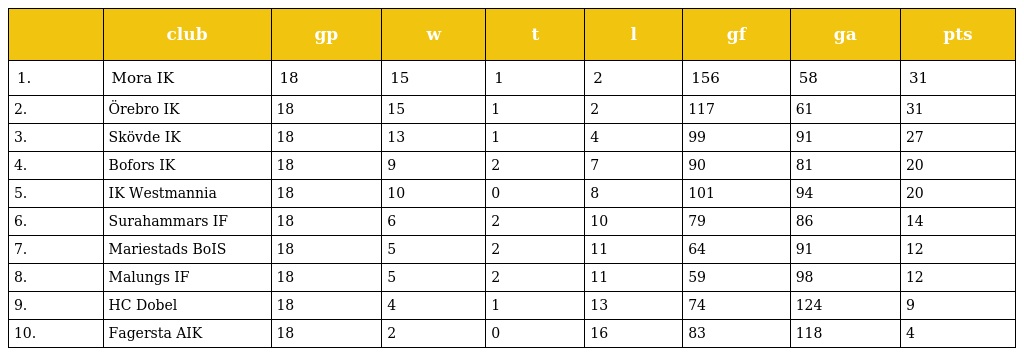
|  | club | gp | w | t | l | gf | ga | pts |
 | --- | --- | --- | --- | --- | --- | --- | --- | --- |
 | 1. | Mora IK | 18 | 15 | 1 | 2 | 156 | 58 | 31 |
 | 2. | Örebro IK | 18 | 15 | 1 | 2 | 117 | 61 | 31 |
 | 3. | Skövde IK | 18 | 13 | 1 | 4 | 99 | 91 | 27 |
 | 4. | Bofors IK | 18 | 9 | 2 | 7 | 90 | 81 | 20 |
 | 5. | IK Westmannia | 18 | 10 | 0 | 8 | 101 | 94 | 20 |
 | 6. | Surahammars IF | 18 | 6 | 2 | 10 | 79 | 86 | 14 |
 | 7. | Mariestads BoIS | 18 | 5 | 2 | 11 | 64 | 91 | 12 |
 | 8. | Malungs IF | 18 | 5 | 2 | 11 | 59 | 98 | 12 |
 | 9. | HC Dobel | 18 | 4 | 1 | 13 | 74 | 124 | 9 |
 | 10. | Fagersta AIK | 18 | 2 | 0 | 16 | 83 | 118 | 4 |